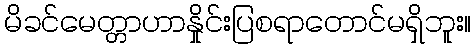
မိခင်မေတ္တာဟာနှိုင်းပြစရာတောင်မရှိဘူး။